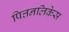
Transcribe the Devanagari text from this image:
पित्तनलिकेस